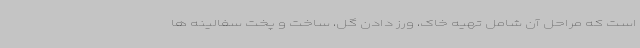
است که مراحل آن شامل تهیه خاک، ورز دادن گل، ساخت و پخت سفالینه ها